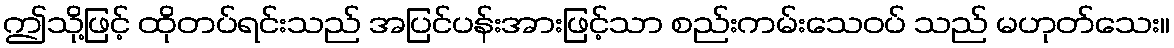
ဤသို့ဖြင့် ထိုတပ်ရင်းသည် အပြင်ပန်းအားဖြင့်သာ စည်းကမ်းသေဝပ် သည် မဟုတ်သေး။